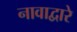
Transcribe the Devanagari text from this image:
नावाद्वारे